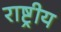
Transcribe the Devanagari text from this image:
राष्ट्रीय